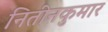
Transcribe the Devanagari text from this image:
नितीनकुमार